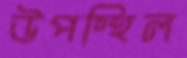
উপস্থিল